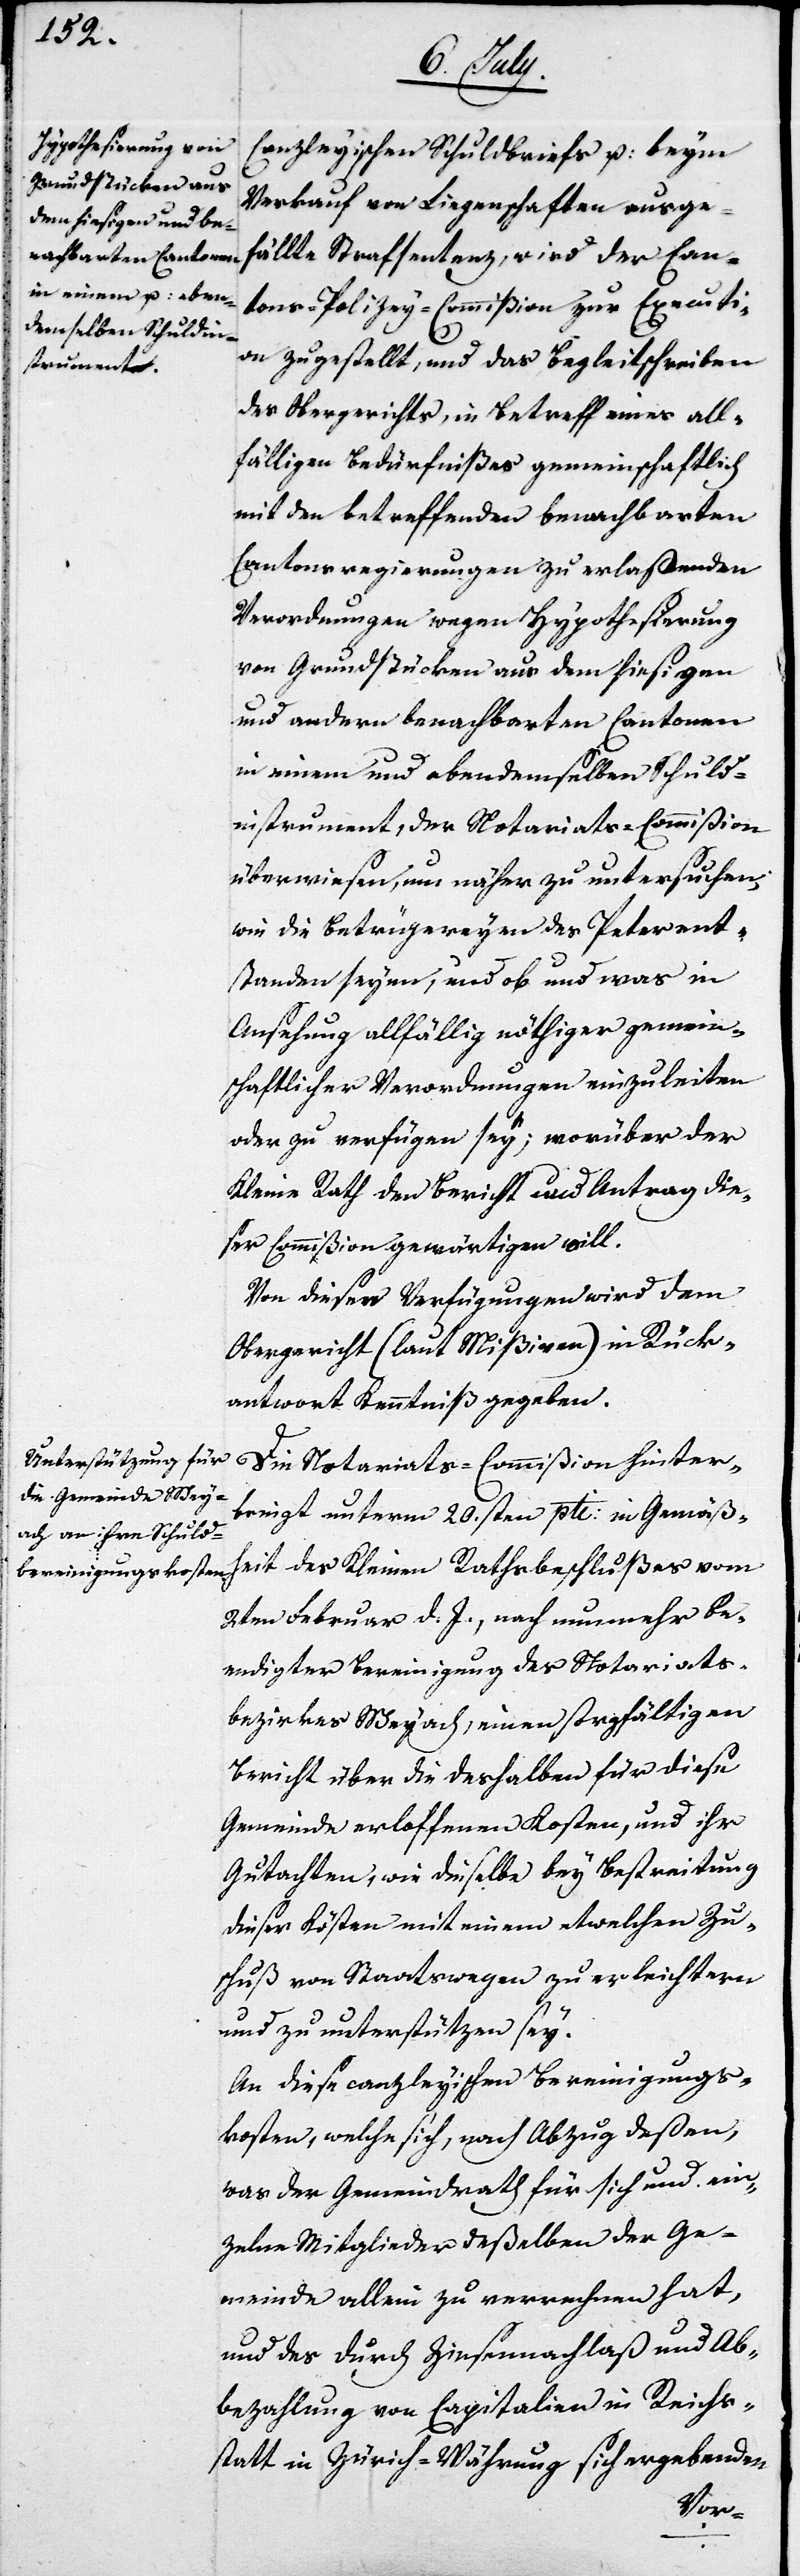
Verkauf von Liegenschaften ausge¬
fällte Strafsentenz, wird der Can¬
tons-Polizey-Commißion zur Executi¬
on zugestellt, und das Begleitschreiben
des Obergerichts, in Betreff eines all¬
fälligen Bedürfnißes gemeinschaftlich
mit den betreffenden benachbarten
Cantonsregierungen zu erlaßenden
Verordnungen wegen Hypothesierung
von Grundstücken aus dem hiesigen
und andern benachbarten Cantonen
in einem und ebendemselben Schuld¬
instrument, der Notariats-Commißion
überwiesen, um näher zu untersuchen,
wie die Betrügereyen des Peter ent¬
standen seyen, und ob und was in
Ansehung allfällig nöthiger gemein¬
schaftlicher Verordnungen einzuleiten
oder zu verfügen sey; worüber der
Kleine Rath den Bericht und Antrag die¬
ser Commißion gewärtigen will.
Von diesen Verfügungen wird dem
Obergericht (laut Mißiven) in Rück¬
antwort Kenntniß gegeben.
Die Notariats-Commißion hinter¬
bringt unterm 20.sten pti: in Gemäß¬
heit des Kleinen Rathsbeschlußes vom
2ten Februar d. J., nach nunmehr be¬
endigter Bereinigung des Notariats¬
bezirkes Weyach, einen sorgfältigen
Bericht über die deßhalben für diese
Gemeinde erloffenen Kosten, und ihr
Gutachten, wie dieselbe bey Bestreitung
dieser Kosten mit einem etwelchen Zu¬
schuß von Staatswegen zu erleichtern
und zu unterstützen sey.
An diese canzleyischen Bereinigungs¬
kosten, welche sich, nach Abzug deßen,
was der Gemeindrath für sich und ein¬
zelne Mitglieder deßelben der Ge¬
meinde allein zu errechnen hat,
und des durch Zinsennachlaß und Ab¬
bezahlung von Capitalien in Reichs-
statt in Zürich-Währung sich ergebenden